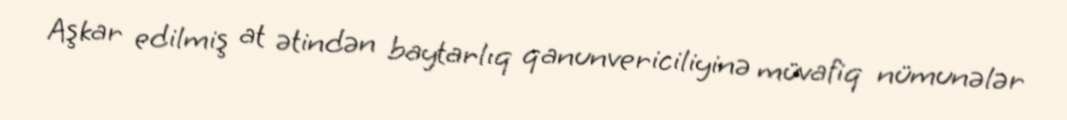
Aşkar edilmiş at ətindən baytarlıq qanunvericiliyinə müvafiq nümunələr